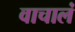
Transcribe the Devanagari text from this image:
वाचालं